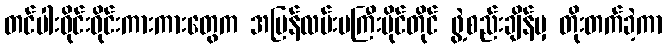
တင်ပါးဝိုင်းဝိုင်းကားကားတွေက အမြန်လမ်းမကြီးမိုင်တိုင် ဖွဲ့စည်းချိန်မှ တိုးတက်ခဲ့ကာ